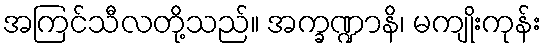
အကြင်သီလတို့သည်။ အက္ခဏ္ဍာနိ၊ မကျိုးကုန်း